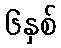
၆နှစ်